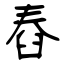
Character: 舂